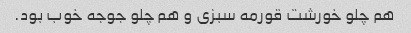
هم چلو خورشت قورمه سبزی و هم چلو جوجه خوب بود.